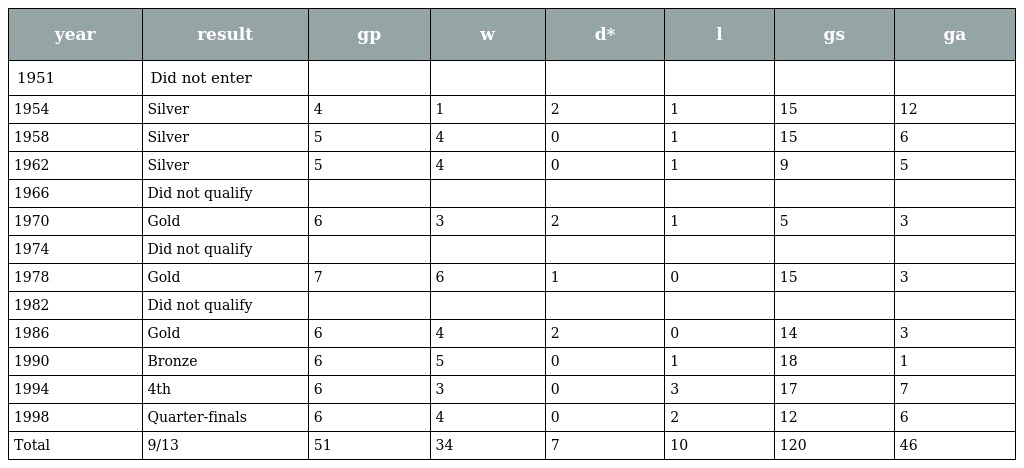
| year | result | gp | w | d* | l | gs | ga |
 | --- | --- | --- | --- | --- | --- | --- | --- |
 | 1951 | Did not enter |  |  |  |  |  |  |
 | 1954 | Silver | 4 | 1 | 2 | 1 | 15 | 12 |
 | 1958 | Silver | 5 | 4 | 0 | 1 | 15 | 6 |
 | 1962 | Silver | 5 | 4 | 0 | 1 | 9 | 5 |
 | 1966 | Did not qualify |  |  |  |  |  |  |
 | 1970 | Gold | 6 | 3 | 2 | 1 | 5 | 3 |
 | 1974 | Did not qualify |  |  |  |  |  |  |
 | 1978 | Gold | 7 | 6 | 1 | 0 | 15 | 3 |
 | 1982 | Did not qualify |  |  |  |  |  |  |
 | 1986 | Gold | 6 | 4 | 2 | 0 | 14 | 3 |
 | 1990 | Bronze | 6 | 5 | 0 | 1 | 18 | 1 |
 | 1994 | 4th | 6 | 3 | 0 | 3 | 17 | 7 |
 | 1998 | Quarter-finals | 6 | 4 | 0 | 2 | 12 | 6 |
 | Total | 9/13 | 51 | 34 | 7 | 10 | 120 | 46 |